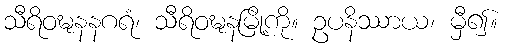
သီရိဝဍ္ဎနနဂရံ၊ သီရိဝဍ္ဎနမြို့ကို။ ဥပနိဿာယ၊ မှီ၍။